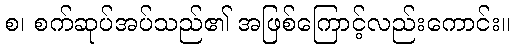
စ၊ စက်ဆုပ်အပ်သည်၏ အဖြစ်ကြောင့်လည်းကောင်း။